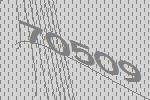
70509